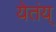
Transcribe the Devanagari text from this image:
येतंय्